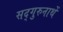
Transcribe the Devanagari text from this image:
सद्गुरुनाथें